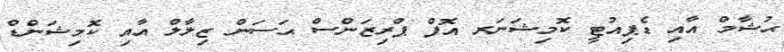
ޙުޝާމް އާއި ޑެޕިއުޓީ ކޮމިޝަނަރ އޮފް ޕްރިޒަންސް ޙަސަން ޒިލާލް އާއި ކޮމިޝަންޑް